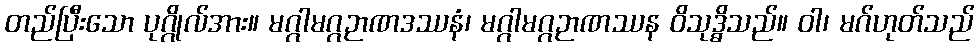
တည်ပြီးသော ပုဂ္ဂိုလ်အား။ မဂ္ဂါမဂ္ဂဉာဏဒဿနံ၊ မဂ္ဂါမဂ္ဂဉာဏဿန ဝိသုဒ္ဓိသည်။ ဝါ၊ မဂ်ဟုတ်သည်